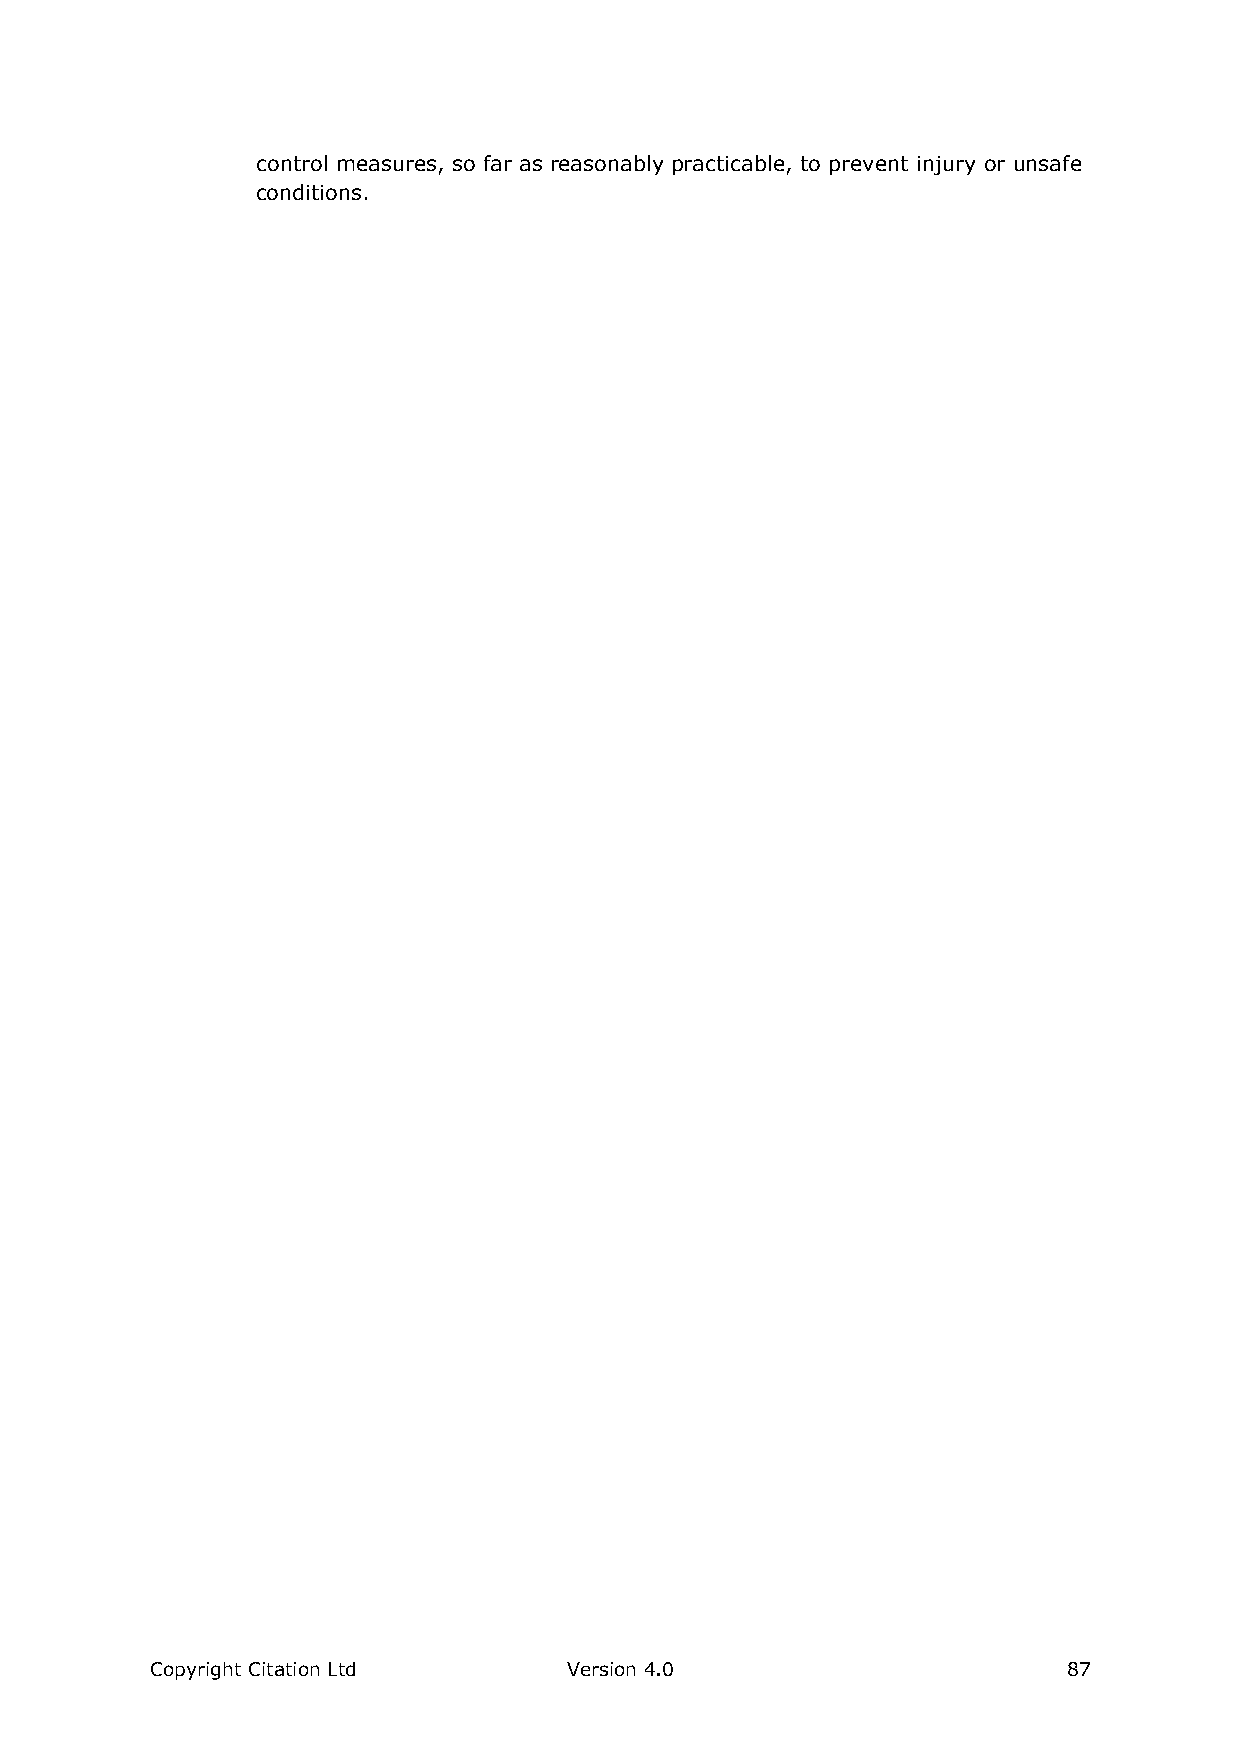
control measures, so far as reasonably practicable, to prevent injury or unsafe
 conditions.
 Copyright Citation Ltd      Version 4.0                      87